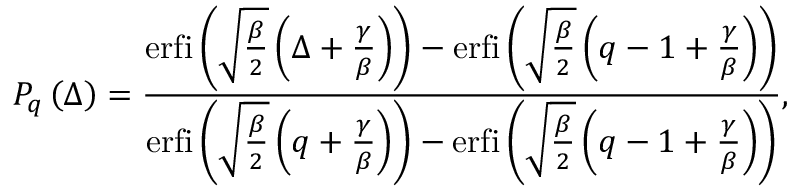
P _ { q } \left( \Delta \right) = \frac { \mathrm { e r f i } \left( \sqrt { \frac { \beta } { 2 } } \left( \Delta + \frac { \gamma } { \beta } \right) \right) - \mathrm { e r f i } \left( \sqrt { \frac { \beta } { 2 } } \left( q - 1 + \frac { \gamma } { \beta } \right) \right) } { \mathrm { e r f i } \left( \sqrt { \frac { \beta } { 2 } } \left( q + \frac { \gamma } { \beta } \right) \right) - { \mathrm { e r f i } \left( \sqrt { \frac { \beta } { 2 } } \left( q - 1 + \frac { \gamma } { \beta } \right) \right) } } ,